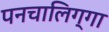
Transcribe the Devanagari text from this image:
पनचालिग्गा